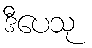
ဒီပေသု